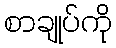
စာချုပ်ကို